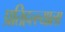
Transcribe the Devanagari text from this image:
प्रतिहल्ल्याला